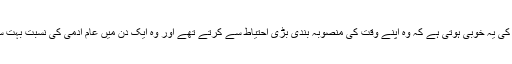
جتنے بھی عظیم آدمی ہیں ان کی یہ خوبی ہوتی ہے کہ وہ اپنے وقت کی منصوبہ بندی بڑی احتیاط سے کرتے تھے اور وہ ایک دن میں عام آدمی کی نسبت بہت سے کام زیادہ کرسکتے تھے۔